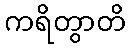
ကရိတွာတိ